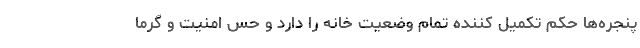
پنجره‌ها حکم تکمیل کننده تمام وضعیت خانه را دارد و حس امنیت و گرما